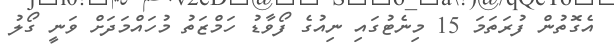
އެގޮތުން ފުރަތަމަ 15 މިނެޓުގައި ނިއުގެ ފޯވާޑު ހަމްޒަތު މުހައްމަދަށް ވަނީ ގޯލު